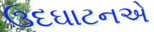
ઉદઘાટનએ